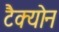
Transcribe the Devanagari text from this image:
टैक्योन